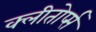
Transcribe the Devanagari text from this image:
क्लीतोर्प्स